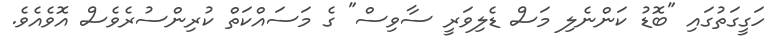
ހަގީގަތުގައި "ބޮޑު ކަންނެލި މަސް ޑެލިވަރީ ސާވިސް" ގެ މަސައްކަތް ކުރިންސުރެވެސް އޮވެއެވެ.